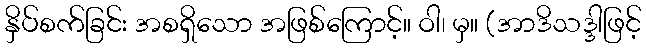
နှိပ်စက်ခြင်း အစရှိသော အဖြစ်ကြောင့်။ ဝါ၊ မှ။ (အာဒိသဒ္ဒါဖြင့်